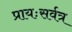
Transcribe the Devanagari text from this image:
प्रायःसर्वत्र